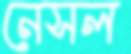
নেসল